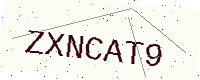
Text: ZXNCAT9